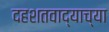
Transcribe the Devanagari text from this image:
दहशतवाद्याच्या